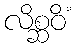
လိစ္ဆဝိံ